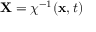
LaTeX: \mathbf { X } = \chi ^ { - 1 } ( \mathbf { x } , t )